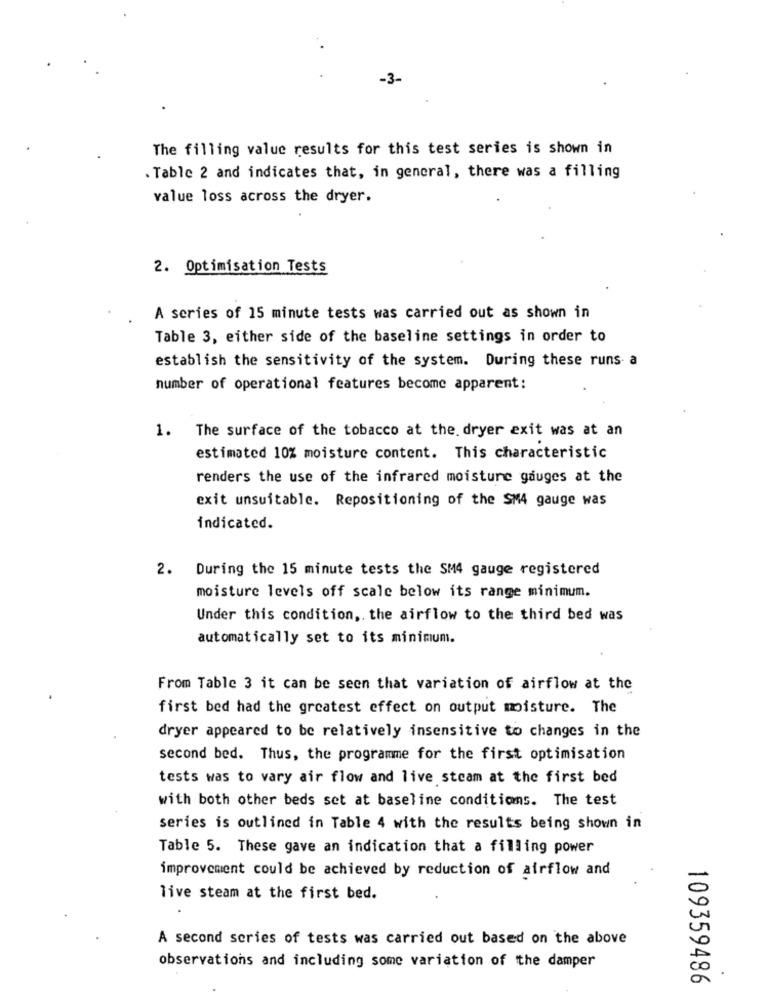
The filling value results for this test series is shown in
. Table 2 and indicates that, in general, there was a filling
value loss across the dryer.
2. Optimisation Tests
A series of 15 minute tests was carried out as shown in
Table 3, either side of the baseline settings in order to
establish the sensitivity of the system. During these runs a
number of operational features become apparent:
1. The surface of the tobacco at the. dryer exit was at an
estimated 10% moisture content. This characteristic
renders the use of the infrared moisture gauges at the
exit unsuitable. Repositioning of the SM4 gauge was
indicated.
2.
During the 15 minute tests the SM4 gauge registered
moisture levels off scale below its range minimum.
Under this condition, the airflow to the third bed was
automatically set to its minimum.
From Table 3 it can be seen that variation of airflow at the
first bed had the greatest effect on output moisture. The
dryer appeared to be relatively insensitive to changes in the
second bed. Thus, the programme for the first optimisation
tests was to vary air flow and live steam at the first bed
with both other beds set at baseline conditions. The test
series is outlined in Table 4 with the results being shown in
Table 5. These gave an indication that a filling power
improvement could be achieved by reduction of airflow and
live steam at the first bed.
A second series of tests was carried out based on the above
observations and including some variation of the damper
109359486